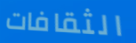
الثقافات